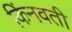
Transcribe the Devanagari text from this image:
किंनवती